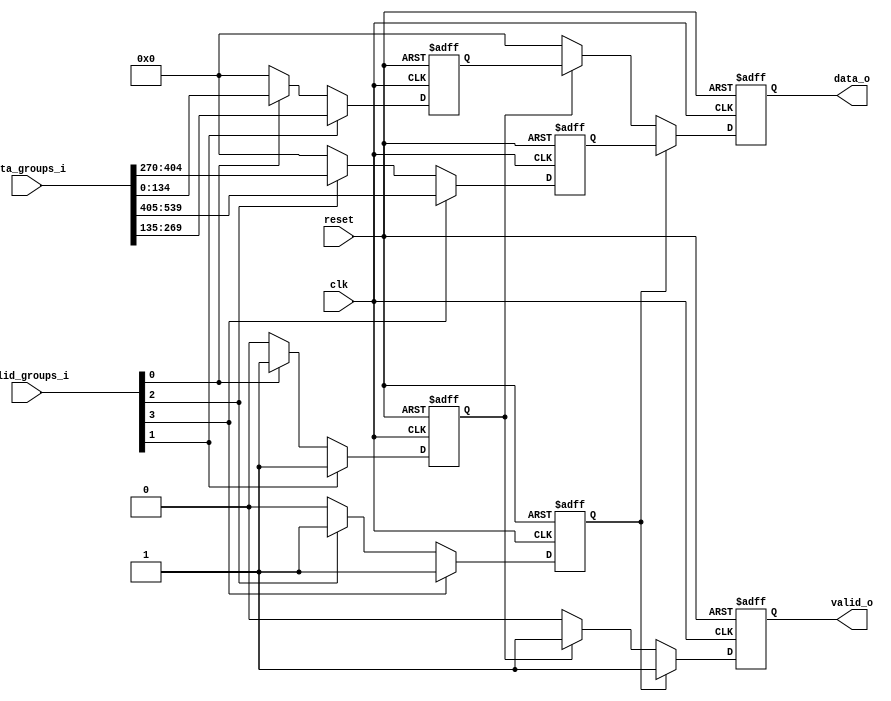
module multistage_priority_mux 
	#(
		parameter ATTRIBUTE_DATA_WIDTH	= 135,
	 	parameter DIVISION_FACTOR 	= 2,
	 	parameter DATA_GROUPS		= 4
	)
   	(// --- Results 
    		output 						valid_o,
   		output [ATTRIBUTE_DATA_WIDTH-1:0]		data_o,
   	
   		input [DATA_GROUPS-1:0]				valid_groups_i,
   		input [(DATA_GROUPS*ATTRIBUTE_DATA_WIDTH)-1:0]	data_groups_i,
			 																																   	    
    	// --- Misc
    		input                                  		reset,
    		input                                  		clk 
	);
	
 
	// Log Functions
	function integer log2;
      		input integer number;
      		begin
         		log2=0;
         		while(2**log2<number) begin
            			log2=log2+1;
         		end
      		end
   	endfunction // log2
 
	 
	//------------------ Internal Parameter ---------------------------
	 
	 
	//---------------------- Wires/Regs -------------------------------   
   
	generate
   		genvar i;
   		for (i=0; i<DATA_GROUPS; i=i+1)	begin: DATA_GROUPS_W
	 		wire	 			valid_int;
	 		wire [ATTRIBUTE_DATA_WIDTH-1:0]	data_int;
	 		
   			assign valid_int = valid_groups_i[i];
   			assign data_int  = data_groups_i[(i*ATTRIBUTE_DATA_WIDTH)+ATTRIBUTE_DATA_WIDTH-1:(i*ATTRIBUTE_DATA_WIDTH)];
   		end   
 	 endgenerate  
	 
	//------------------------ Logic ----------------------------------
 	 
 	generate
   		genvar k,l,m;
   		for (k=0; k<=log2(DIVISION_FACTOR); k=k+1) begin: MUX_COLUMN_W
   			for (l=0; l<(DIVISION_FACTOR/(2**k)); l=l+1) begin: MUX_BLOCK_W
	   			reg				valid;
				reg [ATTRIBUTE_DATA_WIDTH-1:0]	data;
				
				if (k==0) begin: MUX_BLOCK_W_IF
					for (m=0; m<(DATA_GROUPS/DIVISION_FACTOR); m=m+1) begin: MUX_BLOCK_I
 						wire				valid;
				   		wire [ATTRIBUTE_DATA_WIDTH-1:0]	data;			   	
		       
		       				if (m==0) begin: MUX_BLOCK_I_IF                      
		     		 			assign valid = (DATA_GROUPS_W[((DATA_GROUPS/DIVISION_FACTOR)*l)+m].valid_int) 
		     		 											? 1'b1
		     		 											: 1'b0;
		     		 			assign data = (DATA_GROUPS_W[((DATA_GROUPS/DIVISION_FACTOR)*l)+m].valid_int)
		     		 											? DATA_GROUPS_W[((DATA_GROUPS/DIVISION_FACTOR)*l)+m].data_int
		     		 											: {ATTRIBUTE_DATA_WIDTH{1'b0}};
		   		 		end
		   		 		else begin: MUX_BLOCK_I_IF
		   		 	 		assign valid = (DATA_GROUPS_W[((DATA_GROUPS/DIVISION_FACTOR)*l)+m].valid_int) 
		     		 											? 1'b1
		     		 											: MUX_COLUMN_W[k].MUX_BLOCK_W[l].MUX_BLOCK_W_IF.MUX_BLOCK_I[m-1].valid;
		     		 			assign data = (DATA_GROUPS_W[((DATA_GROUPS/DIVISION_FACTOR)*l)+m].valid_int)
		     		 											? DATA_GROUPS_W[((DATA_GROUPS/DIVISION_FACTOR)*l)+m].data_int
		     		 											: MUX_COLUMN_W[k].MUX_BLOCK_W[l].MUX_BLOCK_W_IF.MUX_BLOCK_I[m-1].data;
		   		 		end
 					end
 					
 					always @(posedge clk or posedge reset) begin
			 			if (reset) begin
			 				valid 	<= 1'b0;   
							data 	<= {ATTRIBUTE_DATA_WIDTH{1'b0}};
			 			end
						else begin 	 			
							valid 	<= MUX_COLUMN_W[k].MUX_BLOCK_W[l].MUX_BLOCK_W_IF.MUX_BLOCK_I[(DATA_GROUPS/DIVISION_FACTOR)-1].valid;   
							data 	<= MUX_COLUMN_W[k].MUX_BLOCK_W[l].MUX_BLOCK_W_IF.MUX_BLOCK_I[(DATA_GROUPS/DIVISION_FACTOR)-1].data;
						end
				 	end  		
				end
				
				else begin: MUX_BLOCK_W_IF
					always @(posedge clk or posedge reset) begin
			 			if (reset) begin
			 				valid <= 1'b0;   
							data <= {ATTRIBUTE_DATA_WIDTH{1'b0}};
			 			end
			 			else begin 
			 				valid <= 1'b0;   
							data <= {ATTRIBUTE_DATA_WIDTH{1'b0}};
			 				
			 				if (MUX_COLUMN_W[k-1].MUX_BLOCK_W[(l*2)+1].valid) begin
								valid <= 1'b1;   
								data <= MUX_COLUMN_W[k-1].MUX_BLOCK_W[(l*2)+1].data;
							end
			 				else if (MUX_COLUMN_W[k-1].MUX_BLOCK_W[l*2].valid) begin
								valid <= 1'b1;   
								data <= MUX_COLUMN_W[k-1].MUX_BLOCK_W[l*2].data;
							end
			 			end
			 		end
				end
			end
   		end
	endgenerate
   
 	 
	assign valid_o	= MUX_COLUMN_W[log2(DIVISION_FACTOR)].MUX_BLOCK_W[0].valid;    
	assign data_o  	= MUX_COLUMN_W[log2(DIVISION_FACTOR)].MUX_BLOCK_W[0].data;   

	endmodule